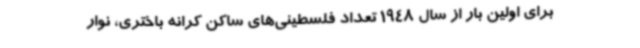
برای اولین بار از سال 1948 تعداد فلسطینی‌های ساکن کرانه باختری، نوار